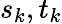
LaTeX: s_{k},t_{k}